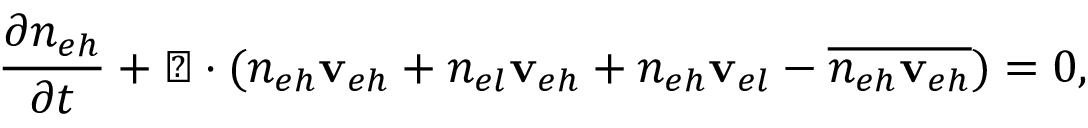
\frac { \partial n _ { e h } } { \partial t } + \triangledown \cdot ( n _ { e h } \mathbf { v } _ { e h } + n _ { e l } \mathbf { v } _ { e h } + n _ { e h } \mathbf { v } _ { e l } - \overline { { n _ { e h } \mathbf { v } _ { e h } } } ) = 0 ,